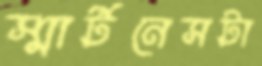
স্মার্টনেসটা